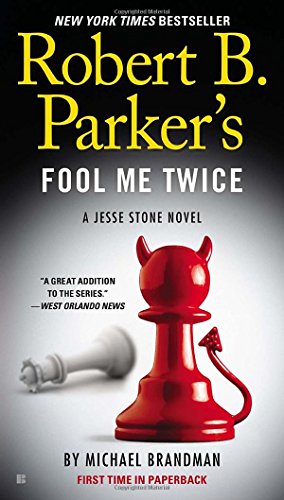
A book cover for Robert B. Parker's Fool Me Twice (A Jesse Stone Novel); Michael Brandman; Mystery, Thriller & Suspense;